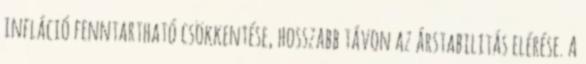
infláció fenntartható csökkentése, hosszabb távon az árstabilitás elérése. A